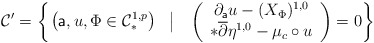
\begin{align*}\mathcal{C}' = \left\{\left.\left(\mathsf{a},u,\Phi \in \mathcal{C}^{1,p}_{\ast} \right)~~ \right\vert ~~ \left(\begin{array}{c}\partial_{\mathsf{a}}u - (X_{\Phi})^{1,0} \\ \ast\overline{\partial}\eta^{1,0} - \mu_{c}\circ u\end{array}\right) = 0 \right\}\end{align*}